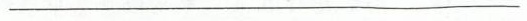
___